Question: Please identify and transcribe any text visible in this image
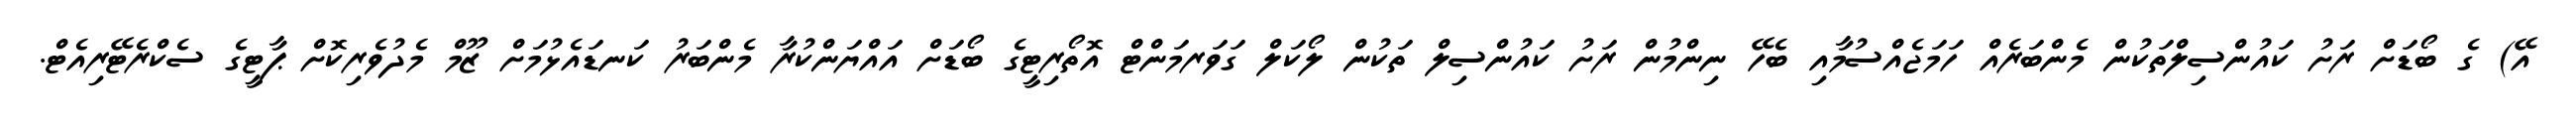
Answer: އޭ) ގެ ބޯޑަށް ރަށު ކައުންސިލްތަކުން މެންބަރެއް ހަމަޖެއްސުމާއި ބެހޭ ނިންމުން ރަށު ކައުންސިލް ތަކުން ލޯކަލް ގަވަރމަންޓް އޮތޯރިޓީގެ ބޯޑަށް އައްޔަންކުރާ މެންބަރު ކަނޑައެޅުމަށް ޒޫމް މެދުވެރިކޮށް ޕާޓީގެ ސެކްރެޓޭރިއެޓް.